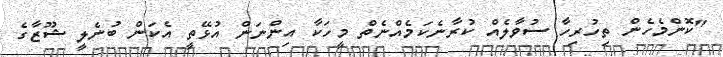
"ކޮންމެހެން ތިހުރިހާ ސުވާލެއް ކުރާނެކަމެއްނެތް މީހަކާ އިންނަން އުޅޭތީ އެކަން ބުނެލީ ޝޫޒާގެ